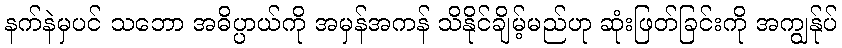
နက်နဲမှပင် သဘော အဓိပ္ပာယ်ကို အမှန်အကန် သိနိုင်ချိမ့်မည်ဟု ဆုံးဖြတ်ခြင်းကို အကျွန်ုပ်